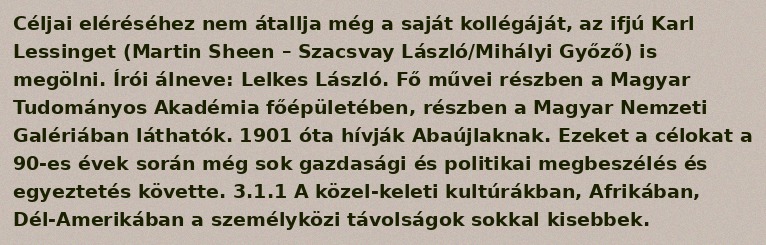
Céljai eléréséhez nem átallja még a saját kollégáját, az ifjú Karl Lessinget (Martin Sheen – Szacsvay László/Mihályi Győző) is megölni. Írói álneve: Lelkes László. Fő művei részben a Magyar Tudományos Akadémia főépületében, részben a Magyar Nemzeti Galériában láthatók. 1901 óta hívják Abaújlaknak. Ezeket a célokat a 90-es évek során még sok gazdasági és politikai megbeszélés és egyeztetés követte. 3.1.1 A közel-keleti kultúrákban, Afrikában, Dél-Amerikában a személyközi távolságok sokkal kisebbek.